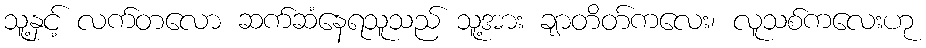
သူ့နှင့် လက်တလော ဆက်ဆံနေရသူသည် သူ့အား ချာတိတ်ကလေး၊ လူသစ်ကလေးဟု